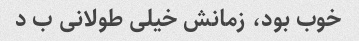
خوب بود، زمانش خیلی طولانی ب د